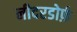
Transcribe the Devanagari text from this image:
नीदरडोर्फ़